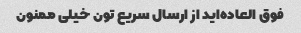
فوق العاده‌اید از ارسال سریع تون خیلی ممنون